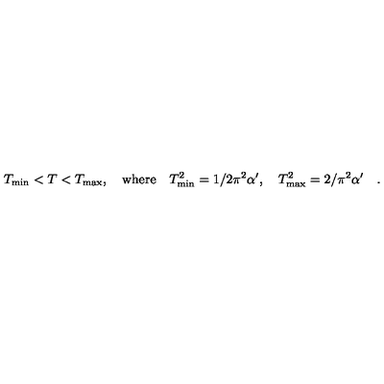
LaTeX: T _ { \mathrm { m i n } } < T < T _ { \mathrm { m a x } } , \quad \mathrm { w h e r e } \quad T _ { \mathrm { m i n } } ^ { 2 } = 1 / 2 \pi ^ { 2 } \alpha ^ { \prime } , \quad T _ { \mathrm { m a x } } ^ { 2 } = 2 / \pi ^ { 2 } \alpha ^ { \prime } \quad .